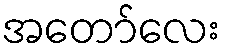
အတော်လေး